Annual vaccination report of Bihar and Orissa - 1911-1928
Year: 1911
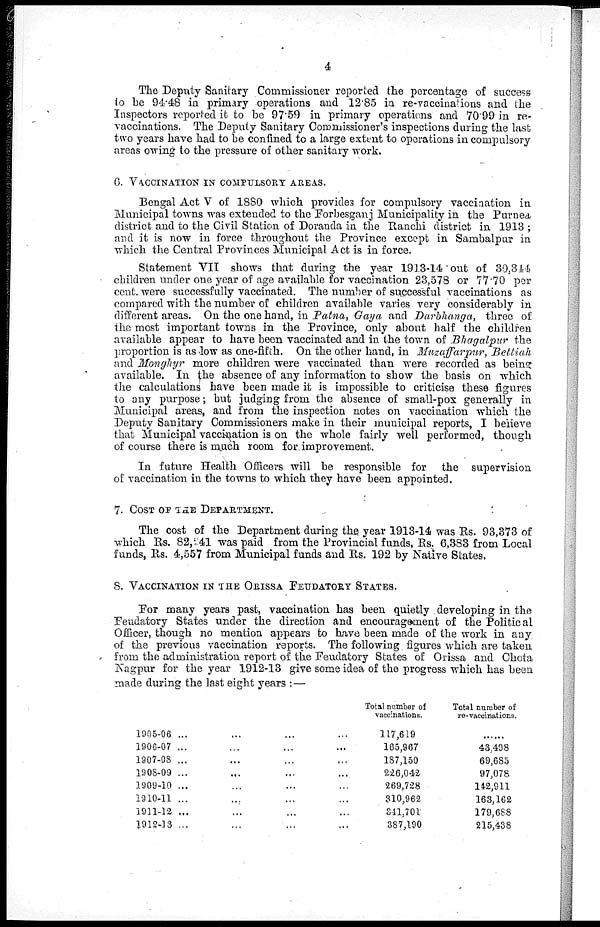
4
The Deputy Sanitary Commissioner reported the percentage of success
to be 94.48 in primary operations and 12.85 in re-vaccinations and the
Inspectors reported it to be 97.59 in primary operations and 70.99 in re-
vaccinations. The Deputy Sanitary Commissioner's inspections during the last
two years have had to be confined to a large extent to operations in compulsory
areas owing to the pressure of other sanitary work.
6. VACCINATION IN COMPULSORY AREAS.
Bengal Act V of 1880 which provides for compulsory vaccination in
Municipal towns was extended to the Forbesganj Municipality in the Purnea.
district and to the Civil Station of Doranda in the Ranchi district in 1913 ;
and it is now in force throughout the Province except in Sambalpur in
which the Central Provinces Municipal Act is in force.
Statement VII shows that during the year 1913-14 out of 30,344
children under one year of age available for vaccination 23,578 or 77.70 per
cent. were successfully vaccinated. The number of successful vaccinations as
compared with the number of children available varies very considerably in
different areas. On the one hand, in Patna, Gaya and Darbhanga, three of
the most important towns in the Province, only about half the children
available appear to have been vaccinated and in the town of Bhagalpur the
proportion is as low as one-fifth. On the other hand, in Muzaffarpur, Bettiah
and Monghyr more children were vaccinated than were recorded as being
available. In the absence of any information to show the basis on which
the calculations have been made it is impossible to criticise these figures
to any purpose; but judging from the absence of small-pox generally in
Municipal areas, and from the inspection notes on vaccination which the
Deputy Sanitary Commissioners make in their municipal reports, I believe
that Municipal vaccination is on the whole fairly well performed, though
of course there is much room for, improvement.
In future Health Officers will be responsible for the supervision
of vaccination in the towns to which they have been appointed.
7. COST OF THE DEPARTMENT.
The cost of the Department during the. year 1913-14 was Rs. 93,373 of
which Rs. 82,241 was paid from the Provincial funds, Rs. 6,383 from Local
funds, Rs. 4,557 from Municipal funds and Rs. 192 by Native States.
8. VACCINATION IN THE ORISSA FEUDATORY STATES.
For many years past, vaccination has been quietly . developing in the
Feudatory States under the direction and encouragement of the Political
Officer, though no mention appears to have been made of the work in any
of the previous vaccination reports. The following figures which are taken
from the administration report of the Feudatory States of Orissa and Chota
Nagpur for the year 1912-13 give some idea of the progress which has been
made during the last eight years :—
1905-06 ... ... ... ...
1908-07 ... ... ... ...
1907-08 ... ... ... ...
1908-09 ... ... ... ...
1909-10 ... ... ... ...
1910-11 ... ... ... ...
1911-12 ... ... ... ...
1912-13 ... ... ... ...
Total number of
vaccinations.
117,619
165,967
187,150
226,042
269,728
810,962
841,701
387,190
Total number of
re-vaccinations.
.........
43,498
69,685
97,078
142,911
163,162
179,688
215,438